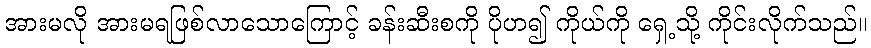
အားမလို အားမရဖြစ်လာသောကြောင့် ခန်းဆီးစကို ပိုဟ၍ ကိုယ်ကို ရှေ့သို့ ကိုင်းလိုက်သည်။